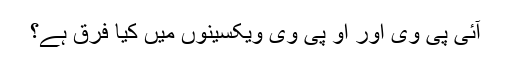
آئی پی وی اور او پی وی ویکسینوں میں کیا فرق ہے؟